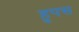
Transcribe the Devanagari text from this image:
हुपस